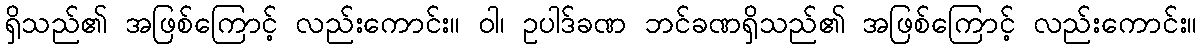
ရှိသည်၏ အဖြစ်ကြောင့် လည်းကောင်း။ ဝါ၊ ဥပါဒ်ခဏ ဘင်ခဏရှိသည်၏ အဖြစ်ကြောင့် လည်းကောင်း။